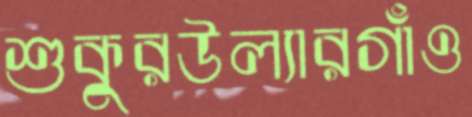
শুকুরউল্যারগাঁও